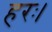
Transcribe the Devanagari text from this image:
हरः।